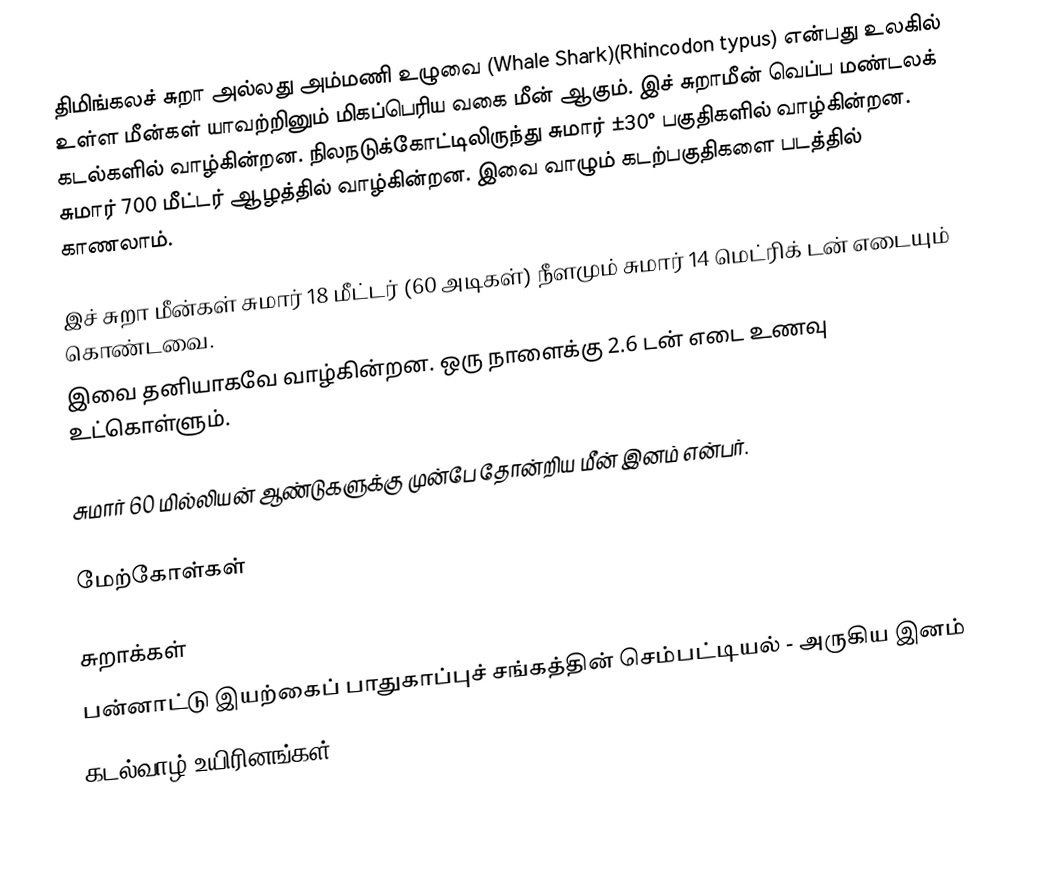
திமிங்கலச் சுறா அல்லது அம்மணி உழுவை (Whale Shark)(Rhincodon typus) என்பது உலகில் உள்ள மீன்கள் யாவற்றினும் மிகப்பெரிய வகை மீன் ஆகும். இச் சுறாமீன் வெப்ப மண்டலக் கடல்களில் வாழ்கின்றன. நிலநடுக்கோட்டிலிருந்து சுமார் ±30° பகுதிகளில் வாழ்கின்றன. சுமார் 700 மீட்டர் ஆழத்தில் வாழ்கின்றன. இவை வாழும் கடற்பகுதிகளை படத்தில் காணலாம்.

இச் சுறா மீன்கள் சுமார் 18 மீட்டர் (60 அடிகள்) நீளமும் சுமார் 14 மெட்ரிக் டன் எடையும் கொண்டவை.
இவை தனியாகவே வாழ்கின்றன. ஒரு நாளைக்கு 2.6 டன் எடை உணவு உட்கொள்ளும்.

சுமார் 60 மில்லியன் ஆண்டுகளுக்கு முன்பே தோன்றிய மீன் இனம் என்பர்.

மேற்கோள்கள்

சுறாக்கள்
பன்னாட்டு இயற்கைப் பாதுகாப்புச் சங்கத்தின் செம்பட்டியல் - அருகிய இனம்
கடல்வாழ் உயிரினங்கள்